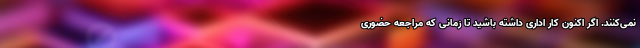
نمی‌کنند. اگر اکنون کار اداری داشته باشید تا زمانی که مراجعه حضوری